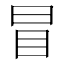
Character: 冒